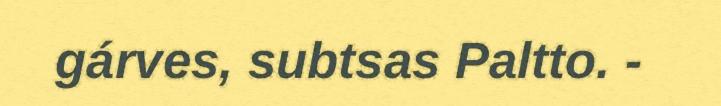
gárves, subtsas Paltto. -